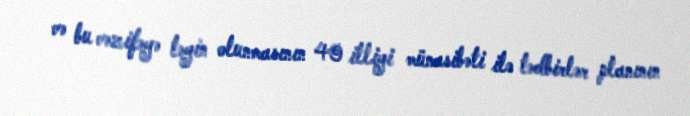
və bu vəzifəyə təyin olunmasının 40 illiyi münasibəti ilə tədbirlər planının